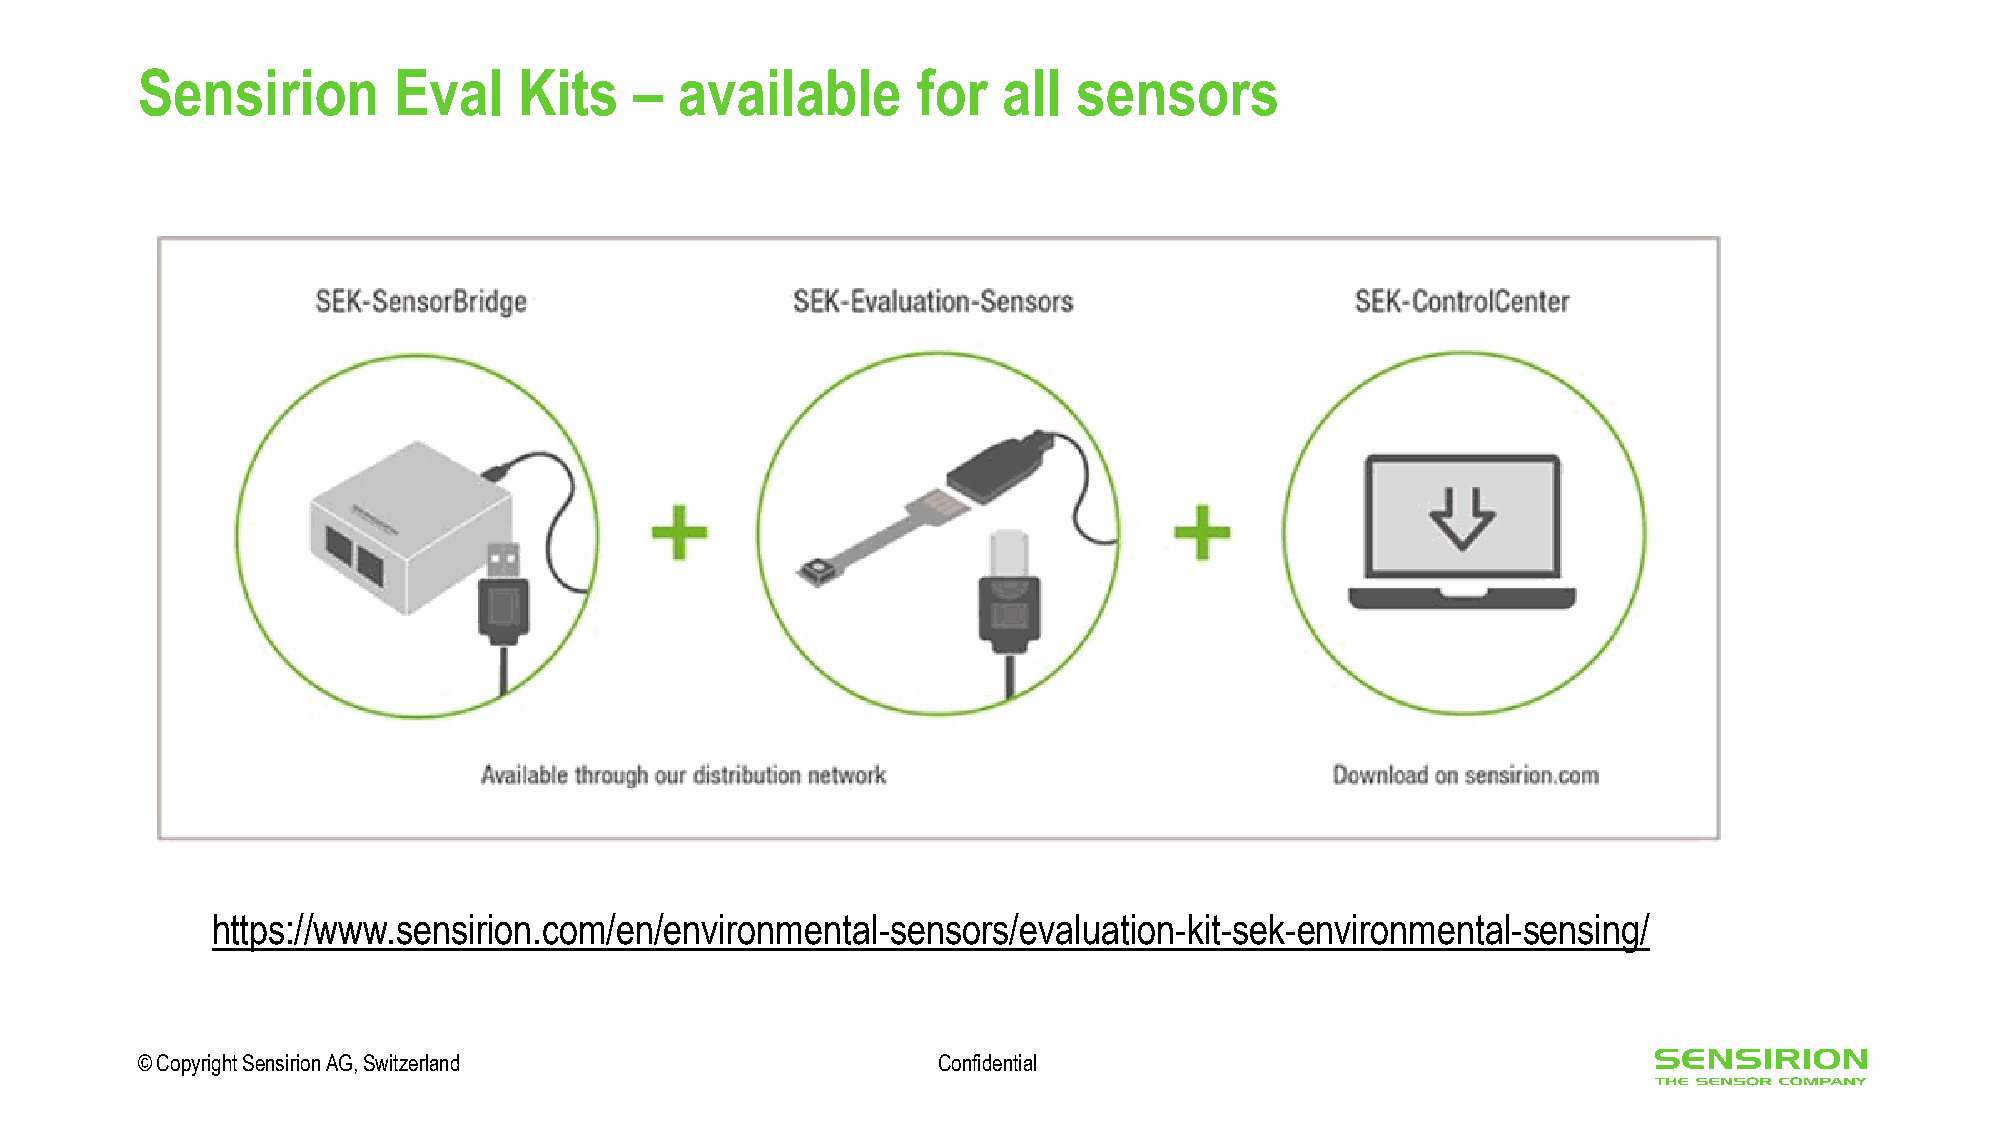
Sensirion        Eval    Kits    –  available       for  all  sensors
 https://www.sensirion.com/en/environmental-sensors/evaluation-kit-sek-environmental-sensing/
 © Copyright Sensirion AG, Switzerland                Confidential